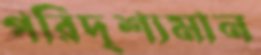
পরিদৃশ্যমান